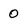
Character: 0